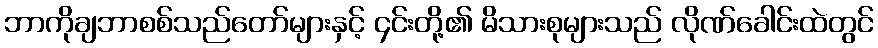
ဘာကိုချဘာစစ်သည်တော်များနှင့် ၄င်းတို့၏ မိသားစုများသည် လိုဏ်ခေါင်းထဲတွင်